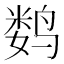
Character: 𬸞